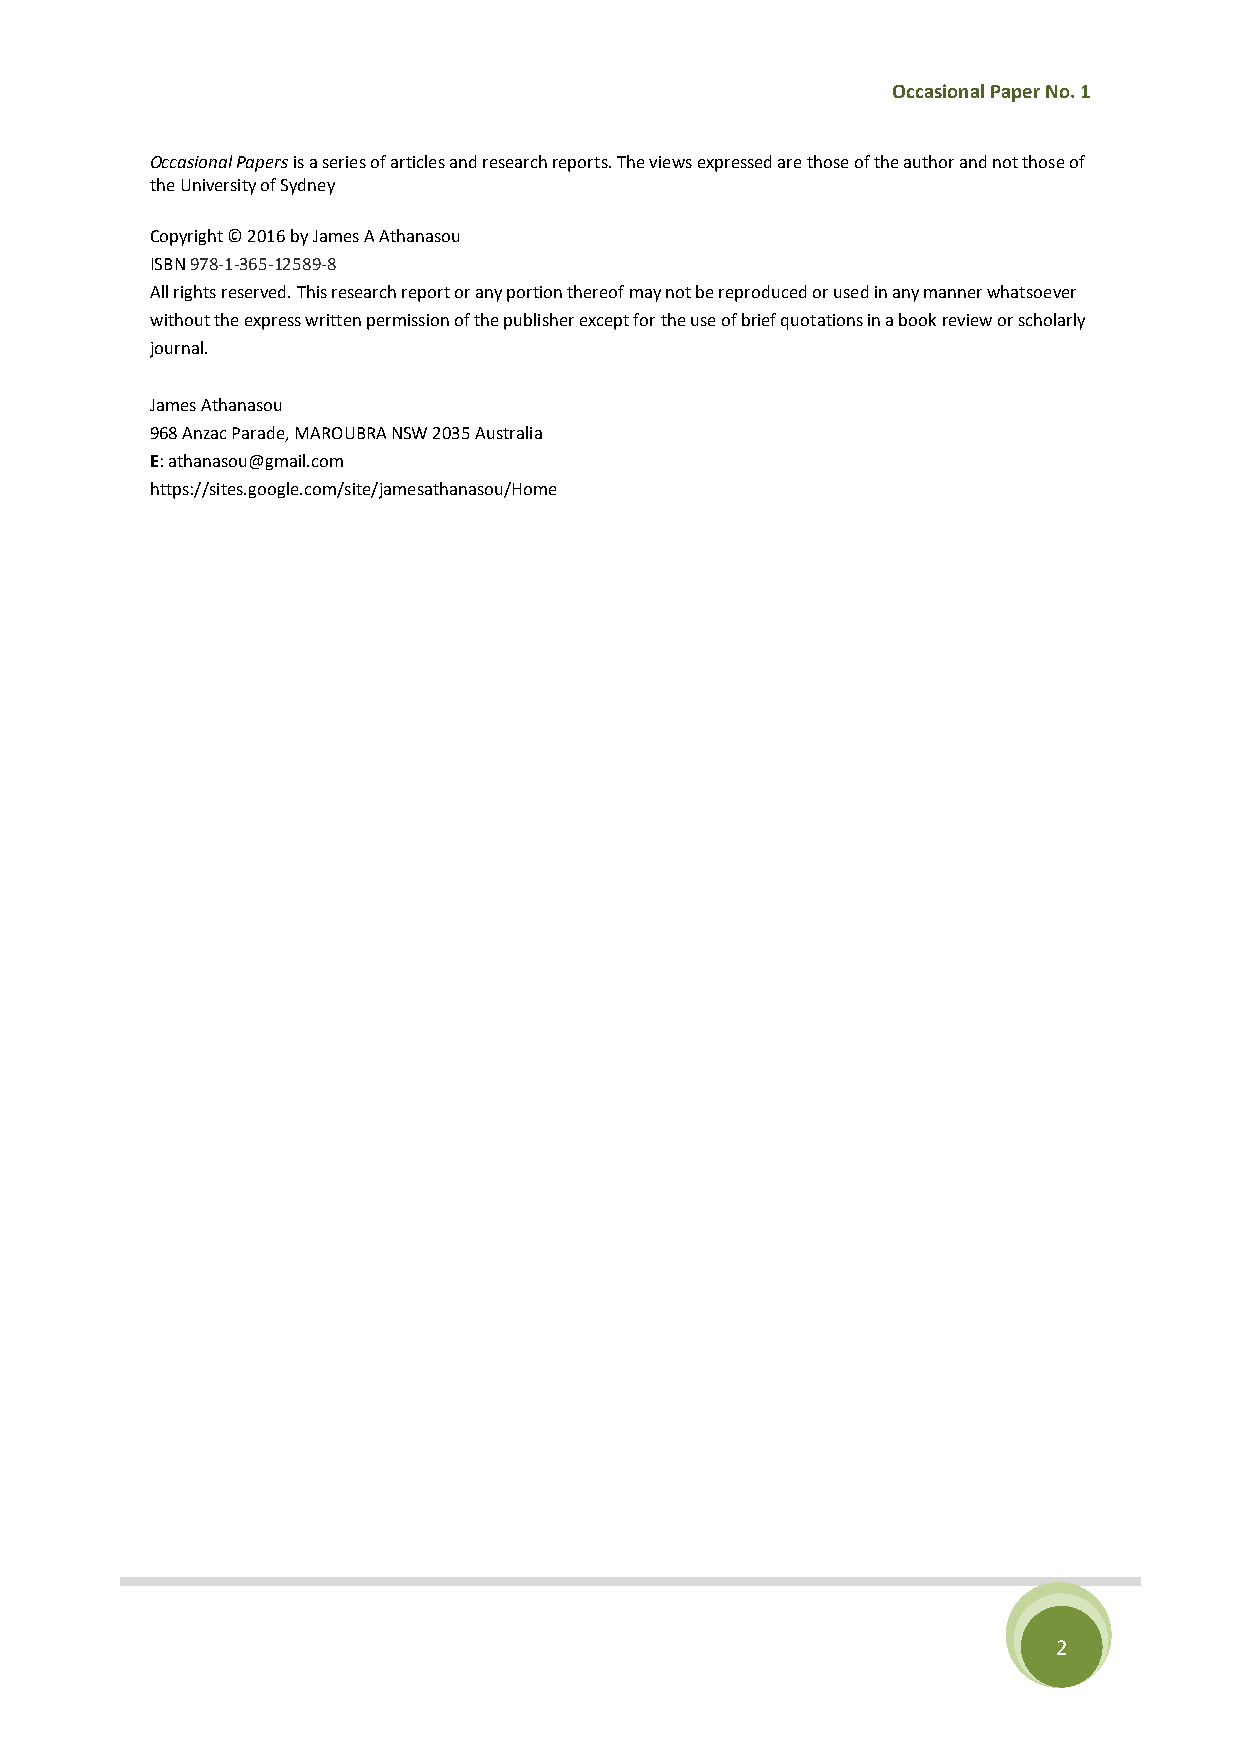
Occasional Paper No. 1
 Occasional Papers is a series of articles and research reports. The views expressed are those of the author and not those of
 the University of Sydney
 Copyright © 2016 by James A Athanasou
 ISBN 978-1-365-12589-8
 All rights reserved. This research report or any portion thereof may not be reproduced or used in any manner whatsoever
 without the express written permission of the publisher except for the use of brief quotations in a book review or scholarly
 journal.
 James Athanasou
 968 Anzac Parade, MAROUBRA NSW 2035 Australia
 E: athanasou@gmail.com
 https://sites.google.com/site/jamesathanasou/Home
 2